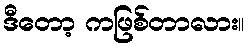
ဒီတော့ ကဖြစ်တာလား။